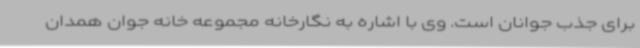
برای جذب جوانان است. وی با اشاره به نگارخانه مجموعه خانه جوان همدان